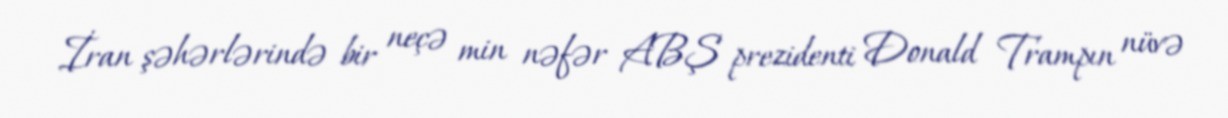
İran şəhərlərində bir neçə min nəfər ABŞ prezidenti Donald Trampın nüvə